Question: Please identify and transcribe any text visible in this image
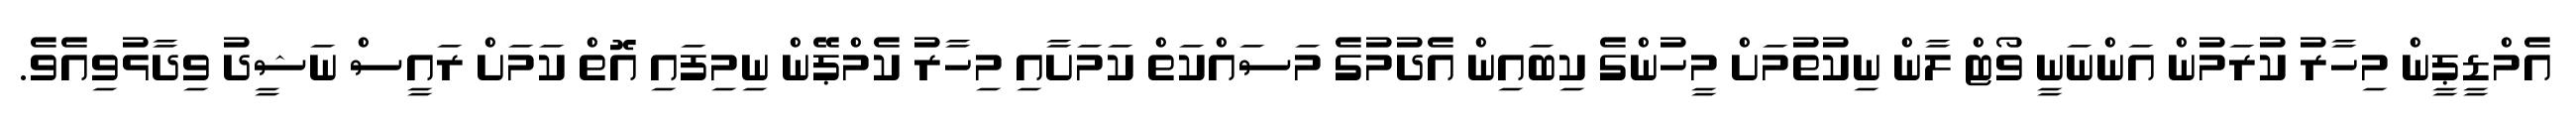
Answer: އެމްޑީޕީން މިހާރު ކުރަމުން އަންނަނީ ވޯޓް ލާން ނިކުތުމަށް މީހުންގެ ކިބައިން އެދުމުގެ މަސައްކަތް ކަމަށާއި މިހާރު ކެމްޕޭން ނިމިފައި އޮތް ކަމަށް ރައީސް ނަޝީދު ވިދާޅުވިއެވެ.